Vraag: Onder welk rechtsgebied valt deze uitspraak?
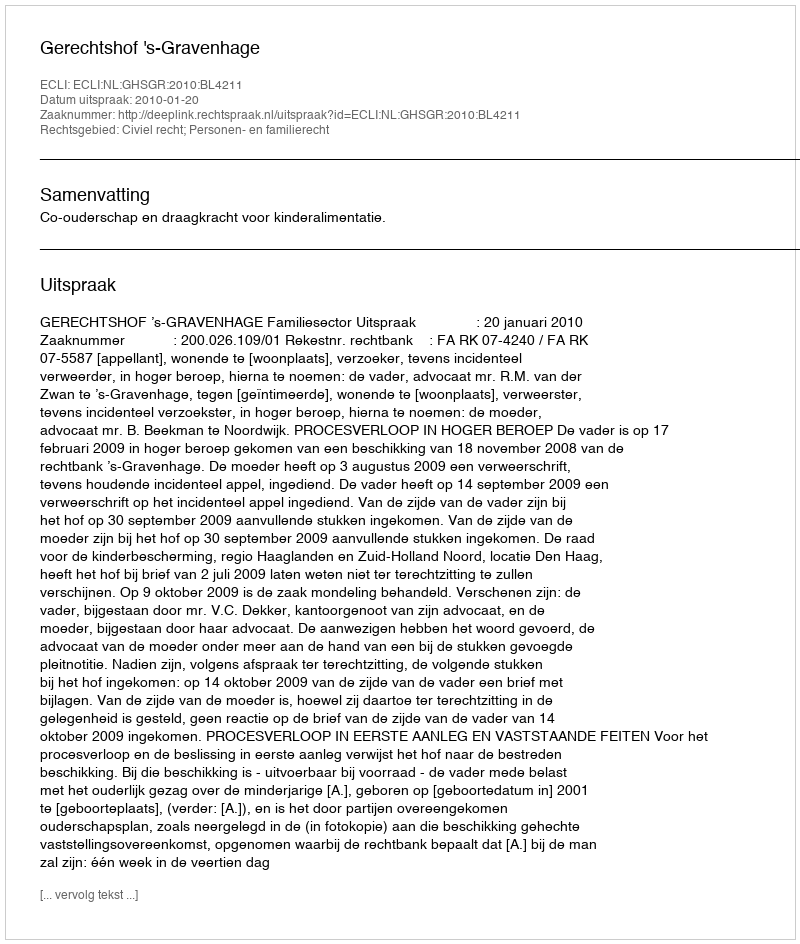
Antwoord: Civiel recht; Personen- en familierecht